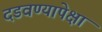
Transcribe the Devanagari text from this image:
दडवण्यापेक्षा